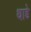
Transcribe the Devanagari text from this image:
थाडे